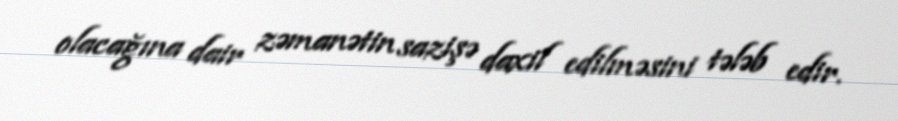
olacağına dair zəmanətin sazişə daxil edilməsini tələb edir.